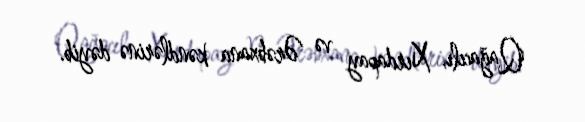
Qağacılı, Xırdapay və Ərəbxana kəndlərinə dəyib.